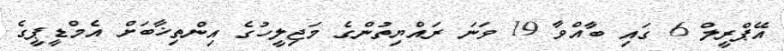
އޭޕްރީލް 6 ގައި ބާއްވާ 19 ވަނަ ރައްޔިތުންގެ މަޖިލީހުގެ އިންތިޚާބަށް އެމްޑީޕީގެ